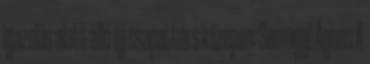
igazolás alatt álló új csapattárs középen: Somogyi Ágnes A